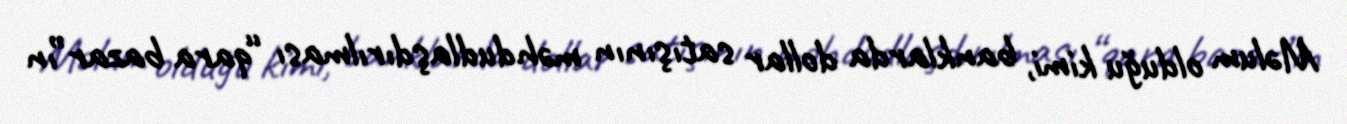
Məlum olduğu kimi, banklarda dollar satışının məhdudlaşdırılması “qara bazar”ın